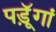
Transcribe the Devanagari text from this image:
पडॅ़ूगां